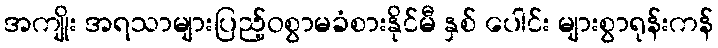
အကျိုး အရသာများပြည့်ဝစွာမခံစားနိုင်မီ နှစ် ပေါင်း များစွာရုန်းကန်